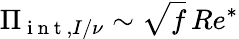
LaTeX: \Pi_{\mathrm{~i~n~t~},I/\nu}\sim\sqrt{f}\, Re^{*}